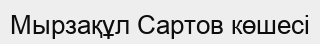
Мырзақұл Сартов көшесі